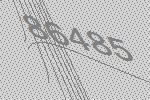
86485